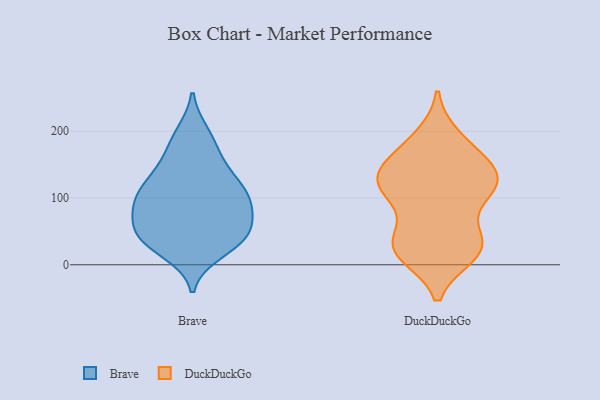
{"axis": {"x": "Tickets Resolved", "y": "Value"}, "legend": ["Brave", "DuckDuckGo"], "data": [{"x": "", "y": 68, "type": "Brave"}, {"x": "", "y": 114, "type": "Brave"}, {"x": "", "y": 34, "type": "Brave"}, {"x": "", "y": 38, "type": "Brave"}, {"x": "", "y": 80, "type": "Brave"}, {"x": "", "y": 164, "type": "Brave"}, {"x": "", "y": 97, "type": "Brave"}, {"x": "", "y": 196, "type": "Brave"}, {"x": "", "y": 101, "type": "Brave"}, {"x": "", "y": 188, "type": "Brave"}, {"x": "", "y": 38, "type": "Brave"}, {"x": "", "y": 146, "type": "Brave"}, {"x": "", "y": 40, "type": "Brave"}, {"x": "", "y": 85, "type": "Brave"}, {"x": "", "y": 59, "type": "Brave"}, {"x": "", "y": 118, "type": "Brave"}, {"x": "", "y": 131, "type": "Brave"}, {"x": "", "y": 20, "type": "Brave"}, {"x": "", "y": 102, "type": "Brave"}, {"x": "", "y": 46, "type": "Brave"}, {"x": "", "y": 37, "type": "DuckDuckGo"}, {"x": "", "y": 123, "type": "DuckDuckGo"}, {"x": "", "y": 109, "type": "DuckDuckGo"}, {"x": "", "y": 16, "type": "DuckDuckGo"}, {"x": "", "y": 190, "type": "DuckDuckGo"}, {"x": "", "y": 20, "type": "DuckDuckGo"}, {"x": "", "y": 46, "type": "DuckDuckGo"}, {"x": "", "y": 128, "type": "DuckDuckGo"}, {"x": "", "y": 128, "type": "DuckDuckGo"}, {"x": "", "y": 107, "type": "DuckDuckGo"}, {"x": "", "y": 115, "type": "DuckDuckGo"}, {"x": "", "y": 111, "type": "DuckDuckGo"}, {"x": "", "y": 147, "type": "DuckDuckGo"}, {"x": "", "y": 24, "type": "DuckDuckGo"}, {"x": "", "y": 152, "type": "DuckDuckGo"}, {"x": "", "y": 26, "type": "DuckDuckGo"}, {"x": "", "y": 156, "type": "DuckDuckGo"}, {"x": "", "y": 26, "type": "DuckDuckGo"}, {"x": "", "y": 184, "type": "DuckDuckGo"}]}